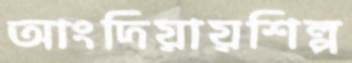
আংদিয়ায়শিল্প